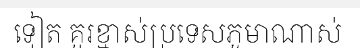
ទៀត គួរខ្មាស់ប្រទេសភូមាណាស់